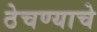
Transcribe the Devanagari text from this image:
ठेचण्याचे